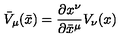
{ \bar { V } } _ { \mu } ( \bar { x } ) = \frac { \partial x ^ { \nu } } { \partial { \bar { x } } ^ { \mu } } V _ { \nu } ( x )